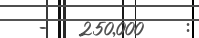
-   250